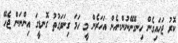
ކޮރު ޖަހައިގެން ހިނގޭނޭނުން..އެން އަހަރެން މީ ހަމަ ގިނަވަގުތު ގޮނޑީގަ އިންނަން ޖެހޭ